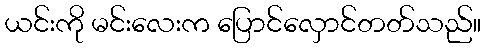
ယင်းကို မင်းလေးက ပြောင်လှောင်တတ်သည်။